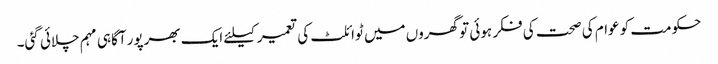
حکومت کو عوام کی صحت کی فکر ہوئی تو گھروں میں ٹوائلٹ کی تعمیر کیلئے ایک بھرپور آگاہی مہم چلائی گئی۔